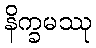
နိက္ခမဿု